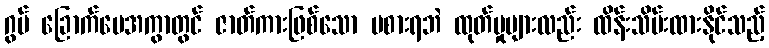
ဂွပ် ခြောက်ပေအကွာတွင် ဇာတ်ကားဖြစ်သော မစားရဘဲ ထုတ်မှုများလည်း ထိန်းသိမ်းထားနိုင်သည့်